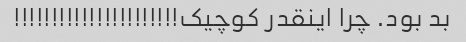
بد بود. چرا اینقدر کوچیک!!!!!!!!!!!!!!!!!!!!!!